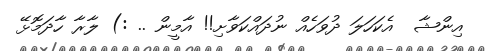
އިންޝާ  އެކަހަލަ ދުވަހެއް ނުދައްކަވާށި!! އާމީން .. :) ލާރާ ހާދަމޮޅޭ